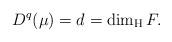
LaTeX: \begin{align*}D^q(\mu) = d = \dim_\mathrm{H} F.\end{align*}